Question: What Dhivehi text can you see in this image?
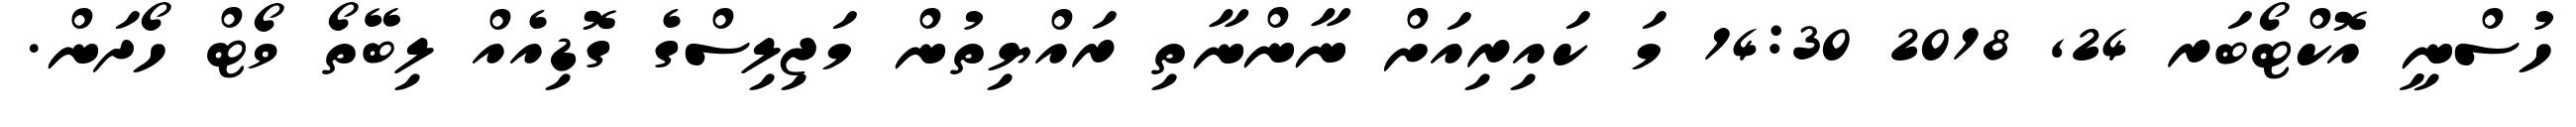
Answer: ހުސްނީ އޮކްޓޯބަރ 24, 2018 14:30 މަ ކައިރިއަށް ނާންނާތި ރައްޔިތުން މަޖިލިސްގެ ގޮޑިއެއް ލިބޭތޯ ވޯޓް ހޯދަން.